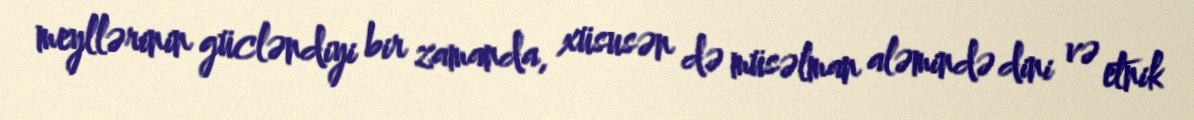
meyllərinin gücləndiyi bir zamanda, xüsusən də müsəlman aləmində dini və etnik